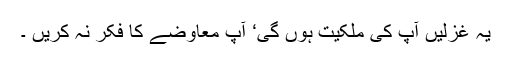
یہ غزلیں آپ کی ملکیت ہوں گی‘ آپ معاوضے کا فکر نہ کریں ۔